Report on vaccination in the Province of Bengal - 1874-1889
Year: 1874
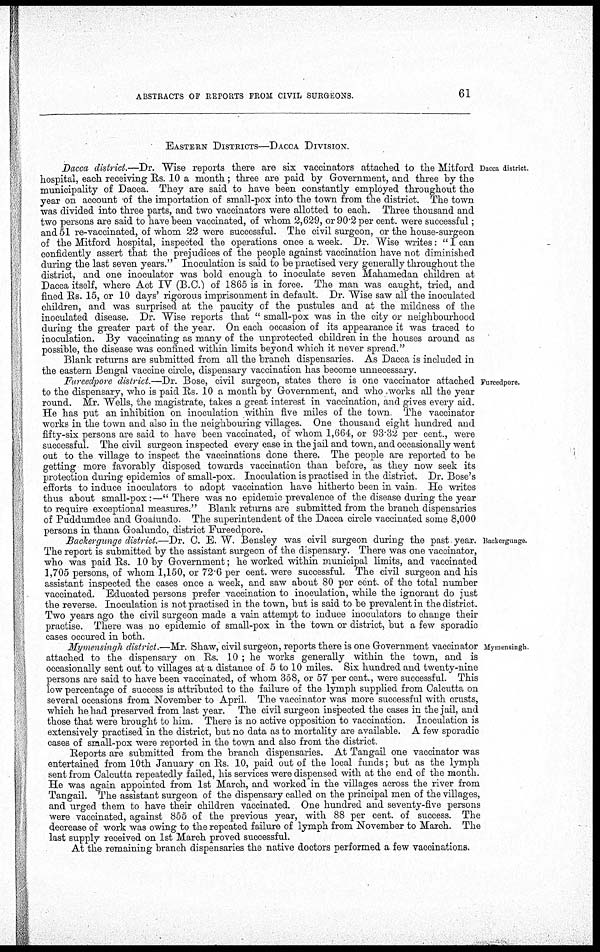
ABSTRACTS OF REPORTS FROM CIVIL SURGEONS.
61
EASTERN DISTRICTS—DACCA DIVISION.
Dacca district.
Dacca district.—Dr. Wise reports there are six vaccinators attached to the Mitford
hospital, each receiving Rs. 10 a month; three are paid by Government, and three by the
municipality of Dacca. They are said to have been constantly employed throughout the
year on account of the importation of small-pox into the town from the district. The town
was divided into three parts, and two vaccinators were allotted to each. Three thousand and
two persons are said to have been vaccinated, of whom 2,629, or 90.2 per cent. were successful;
and 51 re-vaccinated, of whom 22 were successful. The civil surgeon, or the house-surgeon
of the Mitford hospital, inspected the operations once a week. Dr. Wise writes: " I can
confidently assert that the prejudices of the people against vaccination have not diminished
during the last seven years." Inoculation is said to be practised very generally throughout the
district, and one inoculator was bold enough to inoculate seven Mahamedan children at
Dacca itself, where Act IV (B.C.) of 1865 is in force. The man was caught, tried, and
fined Rs. 15, or 10 days' rigorous imprisonment in default. Dr. Wise saw all the inoculated
children, and was surprised at the paucity of the pustules and at the mildness of the
inoculated disease. Dr. Wise reports that " small-pox was in the city or neighbourhood
during the greater part of the year. On each occasion of its appearance it was traced to
inoculation. By vaccinating as many of the unprotected children in the houses around as
possible, the disease was confined within limits beyond which it never spread."
Blank returns are submitted from all the branch dispensaries. As Dacca is included in
the eastern Bengal vaccine circle, dispensary vaccination has become unnecessary.
Fureedpore.
Fureedpore district.—Dr. Bose, civil surgeon, states there is one vaccinator attached
to the dispensary, who is paid Rs. 10 a month by Government, and who works all the year
round. Mr. Wells, the magistrate, takes a great interest in vaccination, and gives every aid.
He has put an inhibition on inoculation within five miles of the town The vaccinator
works in the town and also in the neighbouring villages. One thousand eight hundred and
fifty-six persons are said to have been vaccinated, of whom 1,664, or 93.32 per cent., were
successful. The civil surgeon inspected every case in the jail and town, and occasionally went
out to the village to inspect the vaccinations done there. The people are reported to be
getting more favorably disposed towards vaccination than before, as they now seek its
protection during epidemics of small-pox. Inoculation is practised in the district. Dr. Bose's
efforts to induce inoculators to adopt vaccination have hitherto been in vain He writes
thus about small-pox:—" There was no epidemic prevalence of the disease during the year
to require exceptional measures." Blank returns are submitted from the branch dispensaries
of Puddumdee and Goalundo. The superintendent of the Dacca circle vaccinated some 8,000
persons in thana Goalundo, district Fureedpore.
Backergunge.
Backergunge district.—Dr. C. E. W. Bensley was civil surgeon during the past year.
The report is submitted by the assistant surgeon of the dispensary. There was one vaccinator,
who was paid Rs. 10 by Government; he worked within municipal limits, and vaccinated
1,705 persons, of whom 1,150, or 72.6 per cent. were successful. The civil surgeon and his
assistant inspected the cases once a week, and saw about 80 per cent. of the total number
vaccinated. Educated persons prefer vaccination to inoculation, while the ignorant do just
the reverse. Inoculation is not practised in the town, but is said to be prevalent in the district.
Two years ago the civil surgeon made a vain attempt to induce inoculators to change their
practise. There was no epidemic of small-pox in the town or district, but a few sporadic
cases occured in both.
Mymensingh.
Mymensingh district.—Mr. Shaw, civil surgeon, reports there is one Government vaccinator
attached to the dispensary on Rs. 10 ; he works generally within the town, and is
occasionally sent out to villages at a distance of 5 to 10 miles. Six hundred and twenty-nine
persons are said to have been vaccinated, of whom 358, or 57 per cent., were successful. This
low percentage of success is attributed to the failure of the lymph supplied from Calcutta on
several occasions from November to April. The vaccinator was more successful with crusts,
which he had preserved from last year. The civil surgeon inspected the cases in the jail, and
those that were brought to him. There is no active opposition to vaccination. Inoculation is
extensively practised in the district, but no data as to mortality are available. A few sporadic
cases of small-pox were reported in the town and also from the district.
Reports are submitted from the branch dispensaries. At Tangail one vaccinator was
entertained from 10th January on Rs. 10, paid out of the local funds; but as the lymph
sent from Calcutta repeatedly failed, his services were dispensed with at the end of the month.
He was again appointed from 1st March, and worked in the villages across the river from
Tangail. The assistant surgeon of the dispensary called on the principal men of the villages,
and urged them to have their children vaccinated. One hundred and seventy-five persons
were vaccinated, against 855 of the previous year, with 88 per cent. of success. The
decrease of work was owing to the repeated failure of lymph from November to March. The
last supply received on 1st March proved successful.
At the remaining branch dispensaries the native doctors performed a few vaccinations.